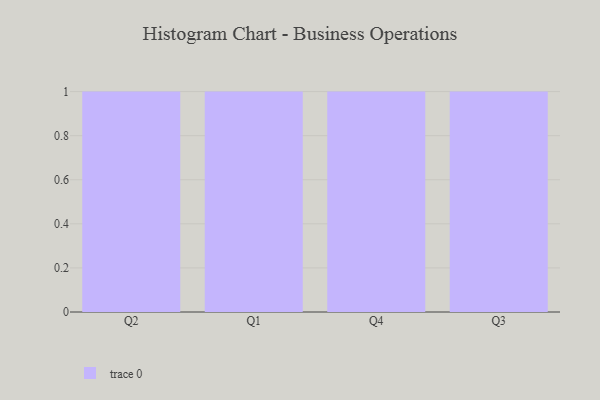
{"axis": {"x": "Quarter", "y": "Market Share (%)"}, "legend": [""], "data": [{"x": "Q2", "y": 97, "type": ""}, {"x": "Q1", "y": 52, "type": ""}, {"x": "Q4", "y": 50, "type": ""}, {"x": "Q3", "y": 40, "type": ""}]}